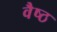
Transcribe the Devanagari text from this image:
वैष्ठ